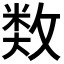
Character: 𢾗